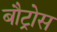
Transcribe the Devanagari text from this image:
बौट्रोस